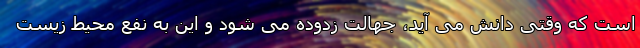
است که وقتی دانش می آید، جهالت زدوده می شود و این به نفع محیط زیست